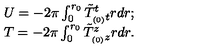
\begin{array} { l l } { U = - 2 \pi \int _ { 0 } ^ { r _ { 0 } } \tilde { T } _ { _ { ( 0 ) } t } ^ { t } r d r ; } \\ { T = - 2 \pi \int _ { 0 } ^ { r _ { 0 } } \tilde { T } _ { _ { ( 0 ) } z } ^ { z } r d r . } \\ \end{array}